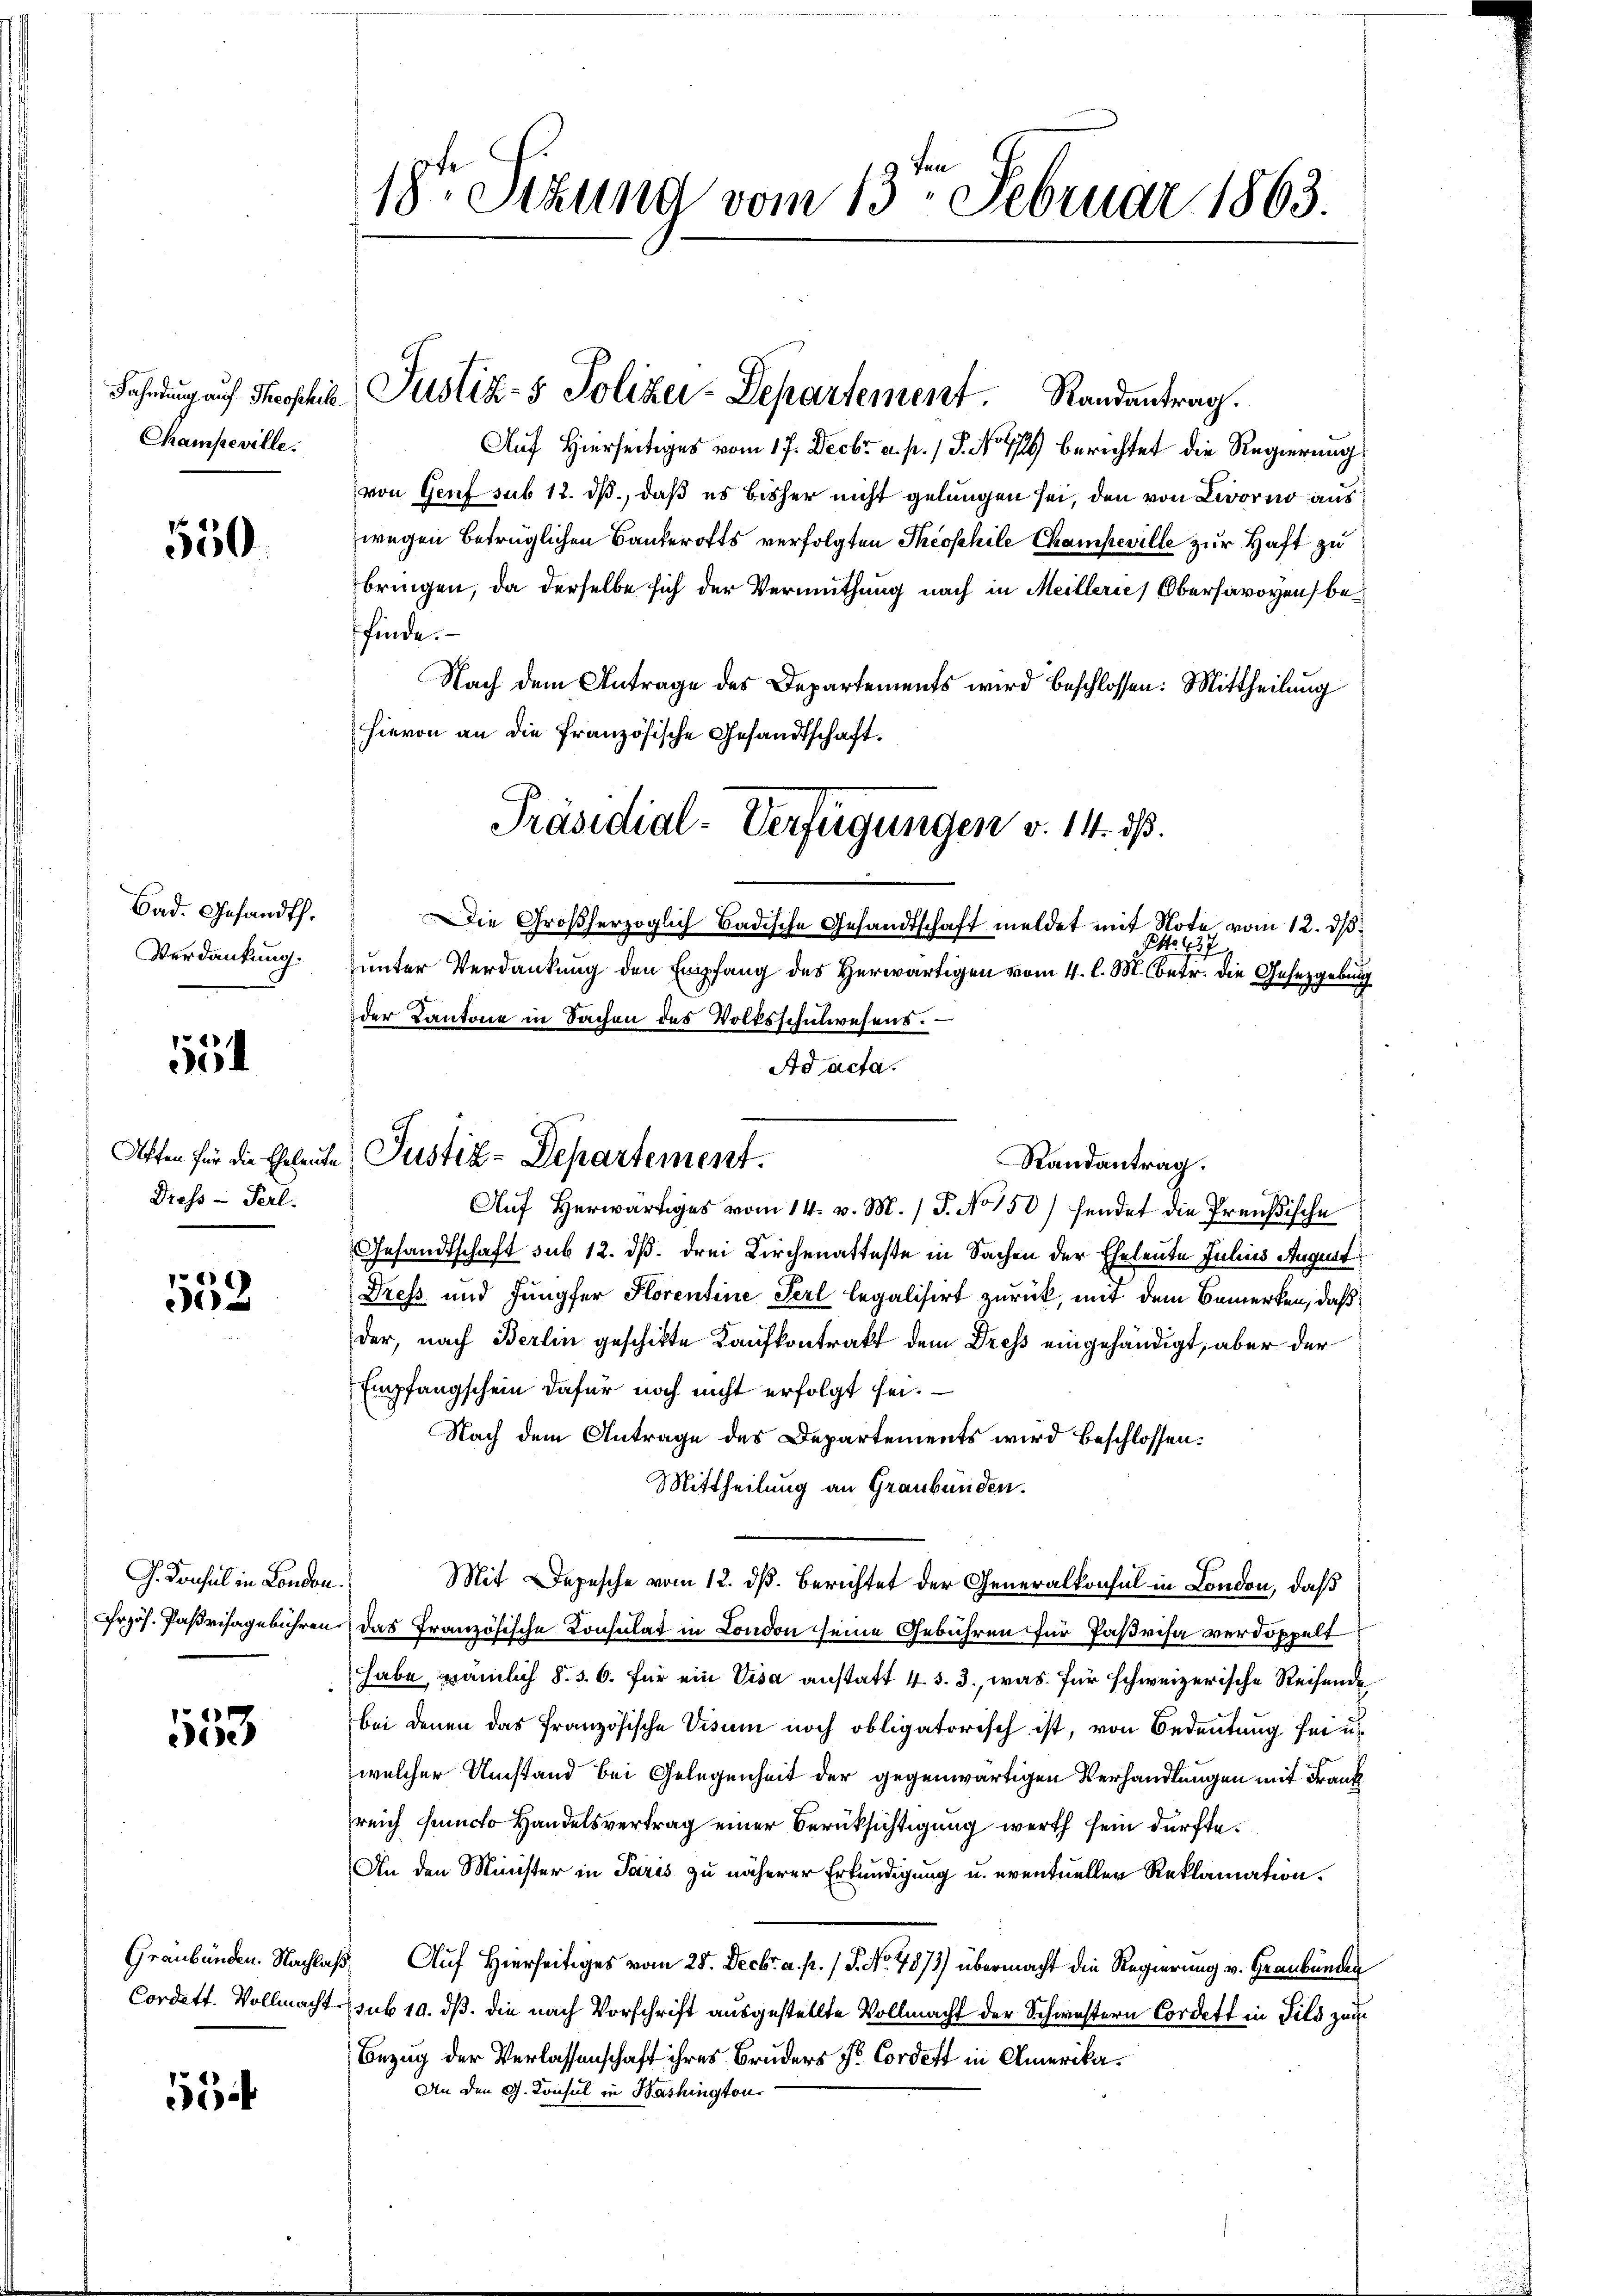
Fahndung auf Throschill
Champeville.

550.

Bad. Gesandth.
Verdankung.

554

Affen für die Eheleute
Dress - Perl.

1
e

G. Konsul in London.
rzös. Parisagebühren.

553

Graubünden. Nachlag

53

18ten Sizung vom 13ten Februar 1863.

Justiz- & Polizei-Departement. Randantrag.
Auf Hierses vom 17. Decbr a. p. 1 S. No 2 berichtet die Regierung
von Genf sub 12. ds., daß es bisher nicht gelungen sei, den von Livorno aus
wegen betrüglichen Bankerotts verfolgten Theophile Champeville zur Haft zu
bringen, da derselbe sich der Vermuthung nach in Meillerie Obersavoyen beffinde.
Nach dem Antrage des Departements wird beschlossen: Mittheilung
hievon an die französische Gesandtschaft.
Die Großherzoglich Badische Gesandtschaft meldet mit Note vom 12. dß.
Po. 137
unter Verdankung den Empfang des Herwärtigen vom 4. l. M. betr. die Gesetzgebung
der Kantone in Sachen des Volksschŭlwesens.
Ad acta.
Auf herwärtiges vom 14. v. M. (T. No 150) hendet die Preußische
Gesandtschaft sub 12. dβ. drei Kirchenatteste in Sachen der Eheleute Julius August
Drefs und Jungfer Horentine Perl legalisirt zurück, mit dem Bemerken, daß
der, nach Berlin geschikte Kaufkontrakt dem Dress eingehändigt, aber der
Empfangschein dafür noch nicht erfolgt sei.
Nach dem Antrage des Departements wird beschlossen:
Mittheilung an Graubünden.
Mit Depesche vom 12. dß. Berichtet der Generalkonsul in London, daß
das französische Consulat in London seine Gebühren für Paßrisa verdoppelt
habe, nämlich §. 5. 6. für ein Visa anstatt 4. s. 3., was für schweizerische Reisende
bei denen das französische Visum noch obligatorisch ist, von Bedeutung sei u
welcher Umstand bei Gelegenheit der gegenwärtigen Verhandlungen mit Frank
reich functo Handelsvertrag einer Berüksichtigung werth sein dürfte.
An den Minister in Paris zu näherer Erkundigung u. eventueller Reklamation.
1. Auf Hierseitiges vom 25. Decbr. a. p. / 5. No. 4873) übermacht die Regierung v. Graubünden
Cordett. Vollmacht sub 19. dß. die nach Vorschrift ausgestellte Vollmacht der Schwestern Cordert in Fild zum
Bezug der Verlassenschaft ihres Bruders Hr. Cordest in Amerika¬
An den G. Konsul in Washington

Justiz-Departement.

Präsidial-Verfügungen v. 14. dß.

Randantrag.